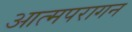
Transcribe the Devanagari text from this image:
आत्मपरागन